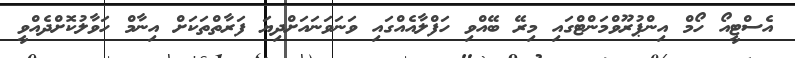
އެސްޓީއޯ ހޯމް އިންޕުރޫވްމަންޓްގައި މިރޭ ބޭއްވި ހަފްލާއެއްގައި ވަނަވަނައަށްދިޔަ ފަރާތްތަކަށް އިނާމް ހަވާލުކޮށްދެއްވީ